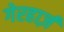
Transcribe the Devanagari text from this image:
गेरहार्ज़